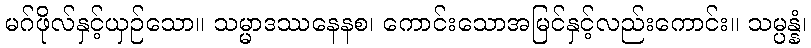
မဂ်ဖိုလ်နှင့်ယှဉ်သော။ သမ္မာဒဿနေနစ၊ ကောင်းသောအမြင်နှင့်လည်းကောင်း။ သမ္ပန္နံ၊